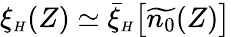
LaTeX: \xi_{{\scriptscriptstyle H}}(Z)\simeq\bar{\xi}_{{\scriptscriptstyle H}}\big[\widetilde{n_{0}}(Z)\big]